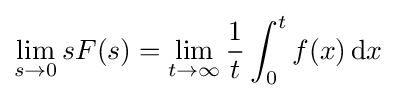
\lim _{s\to 0}sF(s)=\lim _{t\to \infty }{\frac {1}{t}}\int _{0}^{t}f(x)\,\mathrm {d} x